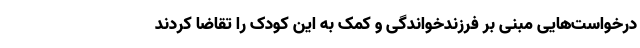
درخواست‌هایی مبنی بر فرزندخواندگی و کمک به این کودک را تقاضا کردند